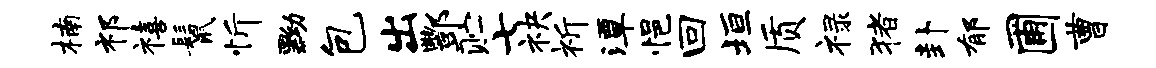
楠祁禧鬣忻黝包出酆贮七袂祈潭悒回垣质禄猪卦郁圃曹